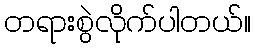
တရားစွဲလိုက်ပါတယ်။